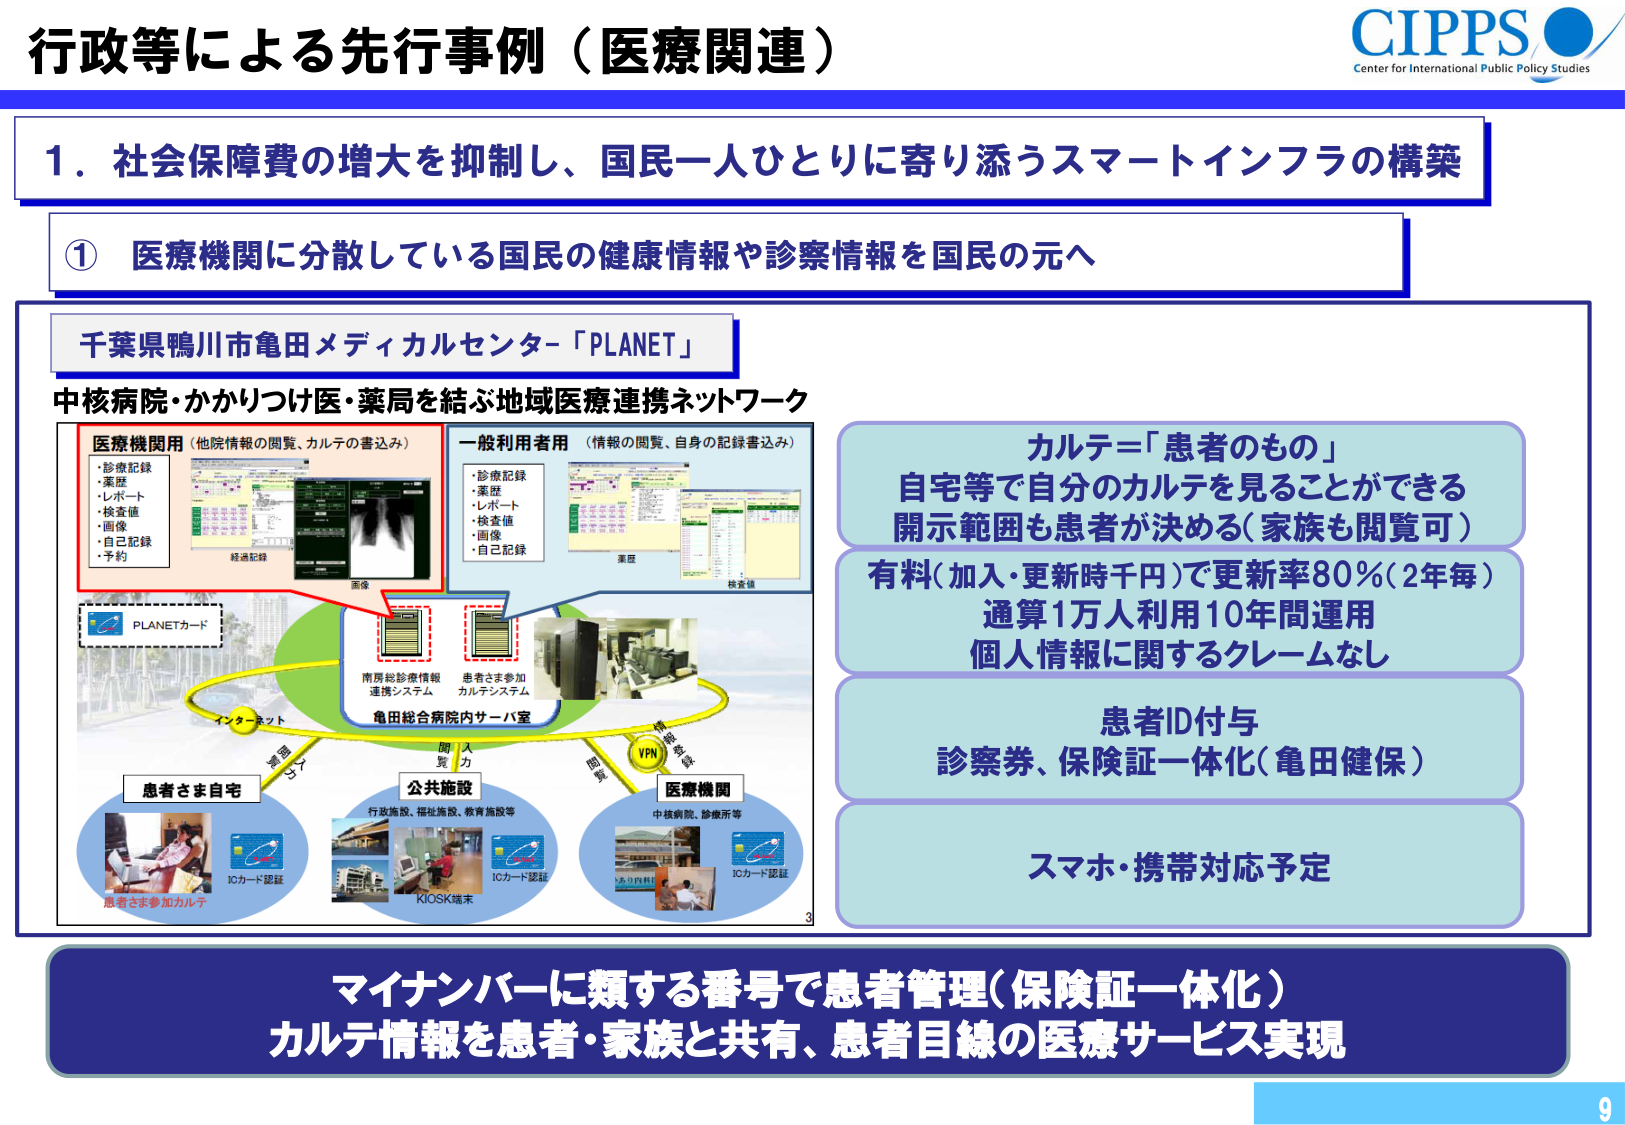
行政等による先行事例（医療関連）

CIPPS
Center for International Public Policy Studies

1．社会保障費の増大を抑制し、国民一人ひとりに寄り添うスマートインフラの構築

① 医療機関に分散している国民の健康情報や診察情報を国民の元へ

千葉県鴨川市亀田メディカルセンター-「PLANET」

中核病院・かかりつけ医・薬局を結ぶ地域医療連携ネットワーク

医療機関用（他院情報の閲覧、カルテの書込み）
・診療記録
・薬歴
・レポート
・検査値
・画像
・自己記録
・予約

一般利用者用（情報の閲覧、自身の記録書込み）
・診療記録
・薬歴
・レポート
・検査値
・画像
・自己記録

PLANETカード

南房総診療情報連携システム
患者さま参加カルテシステム

亀田総合病院内サーバ室

インターネット

患者さま自宅
ICカード認証
患者さま参加カルテ

公共施設
行政施設、福祉施設、教育施設等
KIOSK端末
ICカード認証

医療機関
中核病院、診療所等
ICカード認証

VPN

カルテ＝「患者のもの」
自宅等で自分のカルテを見ることができる
開示範囲も患者が決める（家族も閲覧可）

有料（加入・更新時千円）で更新率80％（2年毎）
通算1万人利用10年間運用
個人情報に関するクレームなし

患者ID付与
診察券、保険証一体化（亀田健保）

スマホ・携帯対応予定

マイナンバーに類する番号で患者管理（保険証一体化）
カルテ情報を患者・家族と共有、患者目線の医療サービス実現

3
9